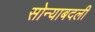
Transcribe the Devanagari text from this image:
सोन्याबदली